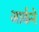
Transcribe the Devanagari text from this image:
आर्कने